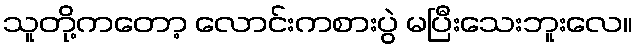
သူတို့ကတော့ လောင်းကစားပွဲ မပြီးသေးဘူးလေ။